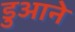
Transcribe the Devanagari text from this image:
डुआने